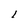
Character: 1